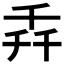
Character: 𫧢